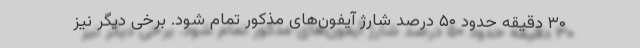
۳۰ دقیقه حدود ۵۰ درصد شارژ آیفون‌های مذکور تمام شود. برخی دیگر نیز